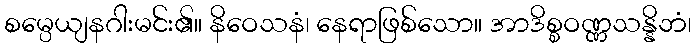
စမ္ပေယျနဂါးမင်း၏။ နိဝေသနံ၊ နေရာဖြစ်သော။ အာဒိစ္စဝဏ္ဏသန္နိဘံ၊